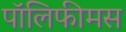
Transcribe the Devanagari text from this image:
पॉलिफीमस